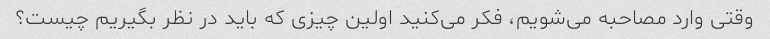
وقتی وارد مصاحبه می‌شویم، فکر می‌کنید اولین چیزی که باید در نظر بگیریم چیست؟